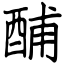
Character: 酺